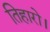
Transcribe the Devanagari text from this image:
तिहारो।